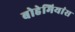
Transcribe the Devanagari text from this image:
बोहेमियांस